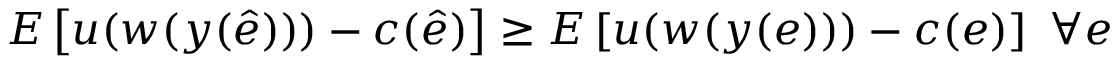
E \left[ u ( w ( y ( { \hat { e } } ) ) ) - c ( { \hat { e } } ) \right] \geq E \left[ u ( w ( y ( e ) ) ) - c ( e ) \right] \ \forall e